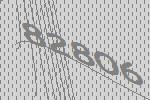
82806